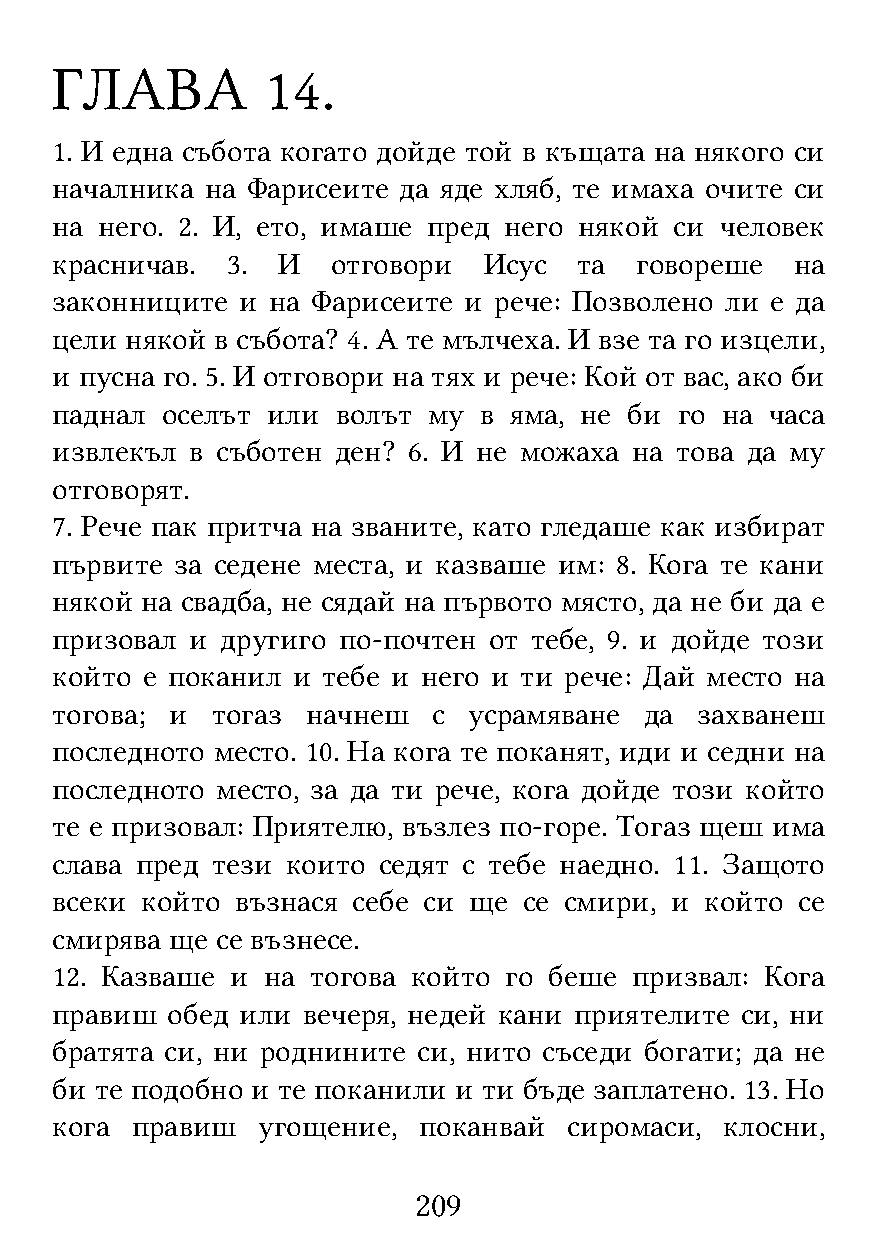
ГЛАВА          14.
 1. И една събота когато дойде той в къщата на някого си
 началника  на Фарисеите да яде хляб, те имаха очите си
 на него. 2. И, ето, имаше пред него някой си человек
 красничав.  3. И   отговори  Исус  та  говореше   на
 законниците  и на Фарисеите и рече: Позволено ли е да
 цели някой в събота? 4. А те мълчеха. И взе та го изцели,
 и пусна го. 5. И отговори на тях и рече: Кой от вас, ако би
 паднал  оселът или волът му  в яма, не би го на часа
 извлекъл  в съботен ден? 6. И не можаха на това да му
 отговорят.
 7. Рече пак притча на званите, като гледаше как избират
 първите  за седене места, и казваше им: 8. Кога те кани
 някой на свадба, не сядай на първото място, да не би да е
 призовал  и другиго по-почтен от тебе, 9. и дойде този
 който е поканил и тебе и него и ти рече: Дай место на
 тогова; и  тогаз начнеш   с усрамяване  да захванеш
 последното место. 10. На кога те поканят, иди и седни на
 последното место, за да ти рече, кога дойде този който
 те е призовал: Приятелю, възлез по-горе. Тогаз щеш има
 слава пред тези които седят с тебе наедно. 11. Защото
 всеки който  възнася себе си ще се смири, и който се
 смирява ще се възнесе.
 12. Казваше и на  тогова който го беше призвал: Кога
 правиш  обед или вечеря, недей кани приятелите си, ни
 братята си, ни роднините си, нито съседи богати; да не
 би те подобно и те поканили и ти бъде заплатено. 13. Но
 кога  правиш  угощение,  поканвай  сиромаси, клосни,
 209